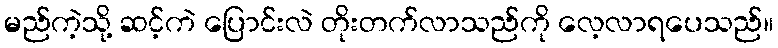
မည်ကဲ့သို့ ဆင့်ကဲ ပြောင်းလဲ တိုးတက်လာသည်ကို လေ့လာရပေသည်။